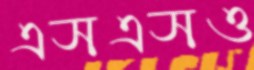
এসএসও